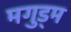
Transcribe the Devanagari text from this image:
मगुड्म